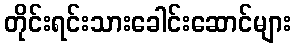
တိုင်းရင်းသားခေါင်းဆောင်များ